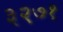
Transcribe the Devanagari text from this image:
३२७१